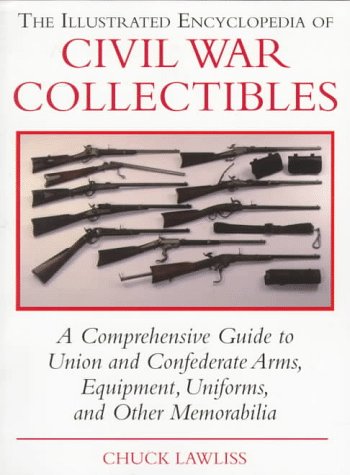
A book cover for The Illustrated Encyclopedia of Civil War Collectibles: A Comprehensive Guide to Union and Condederate Arms, Equipment, Uniforms, and Other Memorabilia; Chuck Lawliss; Crafts, Hobbies & Home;